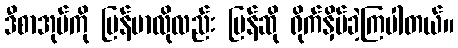
ဒီစာအုပ်ကို မြန်မာလိုလည်း ပြန်ဆို ရိုက်နှိပ်ခဲ့ကြပါတယ်။